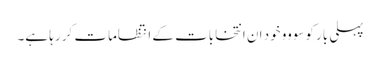
پہلی بار کوسووو خود ان انتخابات کے انتظامات کر رہا ہے۔